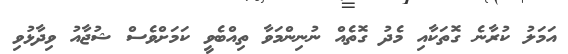
އަމަލު ކުރާނެ ގޮތަކާއި މެދު ގޮތެއް ނުނިންމަވާ ތިއްބެވީ ކަމަށްވެސް ޝުޖާއު ވިދާޅުވި